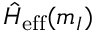
\hat { H } _ { \mathrm { e f f } } ( m _ { I } )